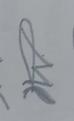
Signature authenticity: forged